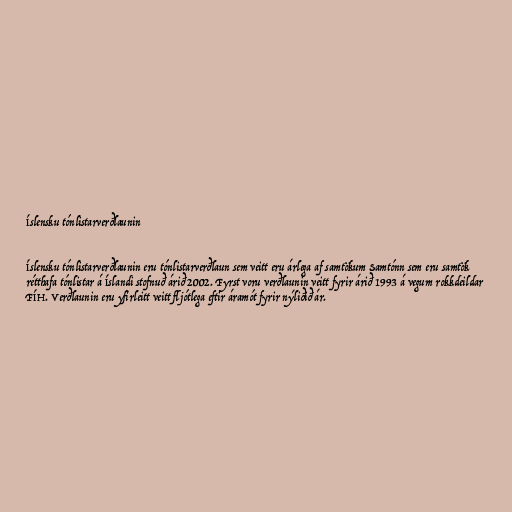
Íslensku tónlistarverðlaunin

Íslensku tónlistarverðlaunin eru tónlistarverðlaun sem veitt eru árlega af samtökum Samtónn sem eru samtök
rétthafa tónlistar á Íslandi stofnuð árið 2002. Fyrst voru verðlaunin veitt fyrir árið 1993 á vegum rokkdeildar
FÍH. Verðlaunin eru yfirleitt veitt fljótlega eftir áramót fyrir nýliðið ár.